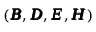
( \pmb { { \cal B } } , \pmb { { \cal D } } , \pmb { { \cal E } } , \pmb { { \cal H } } )